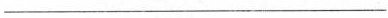
___